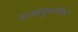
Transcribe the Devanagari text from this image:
राजापुरातील